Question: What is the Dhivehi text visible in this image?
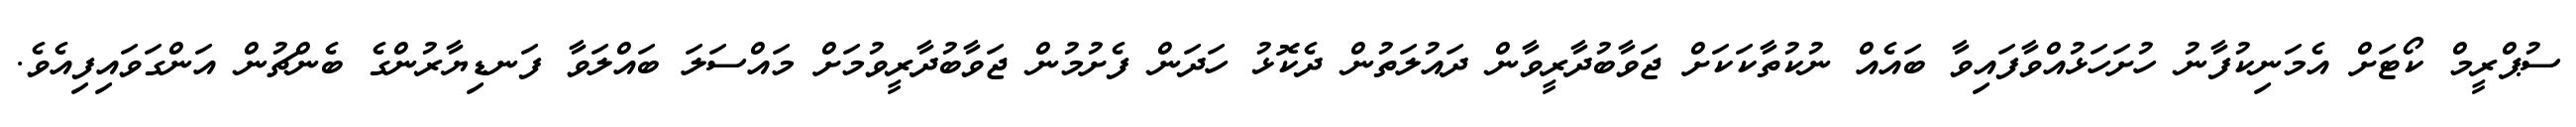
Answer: ސުޕްރީމް ކޯޓަށް އެމަނިކުފާނު ހުށަހަޅުއްވާފައިވާ ބައެއް ނުކުތާކަކަށް ޖަވާބުދާރީވާން ދައުލަތުން ދެކޮޅު ހަދަން ފެށުމުން ޖަވާބުދާރީވުމަށް މައްސަލަ ބައްލަވާ ފަނޑިޔާރުންގެ ބެންޗުން އަންގަވައިފިއެވެ.